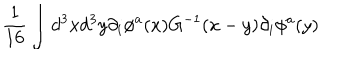
{ \frac { 1 } { 1 6 } } \int d ^ { 3 } x d ^ { 3 } y \partial _ { i } \phi ^ { a } ( x ) G ^ { - 1 } ( x - y ) \partial _ { i } \phi ^ { a } ( y )